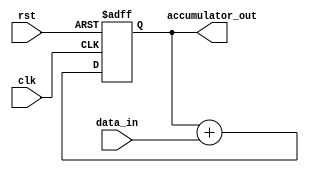
module SimpleAccumulator (
  input wire clk,
  input wire rst,
  input wire [7:0] data_in,
  output reg [15:0] accumulator_out
);

reg [15:0] accumulator_reg;

always @(posedge clk or posedge rst) begin
  if (rst) begin
    accumulator_reg <= 16'b0;
  end else begin
    accumulator_reg <= accumulator_reg + data_in;
  end
end

assign accumulator_out = accumulator_reg;

endmodule